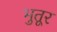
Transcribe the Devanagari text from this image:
भुतूर